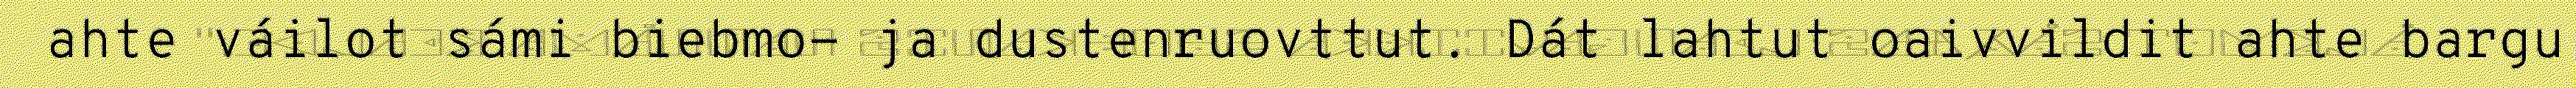
ahte váilot sámi biebmo- ja dustenruovttut. Dát lahtut oaivvildit ahte bargu